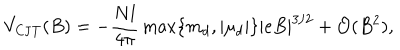
LaTeX: V _ { \mathrm { C J T } } ( B ) = - \frac { N l } { 4 \pi } \max \{ m _ { d } , | \mu _ { d } | \} | e B | ^ { 3 / 2 } + { \cal O } ( B ^ { 2 } ) ,